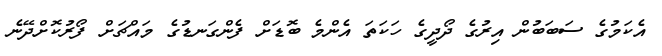
އެކަމުގެ ސަބަބުން އިރުގެ ދޯދީގެ ހަކަތަ އެންމެ ބޮޑަށް ފެންގަނޑުގެ މައްޗަށް ފޯރުކޮށްދޭނެ